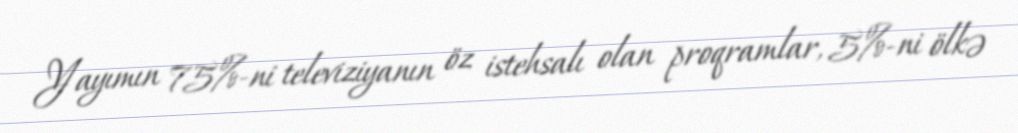
Yayımın 75%-ni televiziyanın öz istehsalı olan proqramlar, 5%-ni ölkə